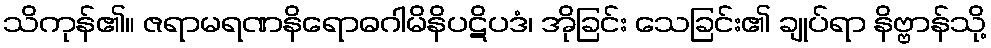
သိကုန်၏။ ဇရာမရဏနိရောဓဂါမိနိပဋိပဒံ၊ အိုခြင်း သေခြင်း၏ ချုပ်ရာ နိဗ္ဗာန်သို့